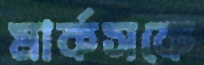
মার্কসকে